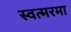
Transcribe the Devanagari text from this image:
स्वत्मरमा